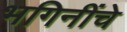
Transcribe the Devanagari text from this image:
भगिनींचे